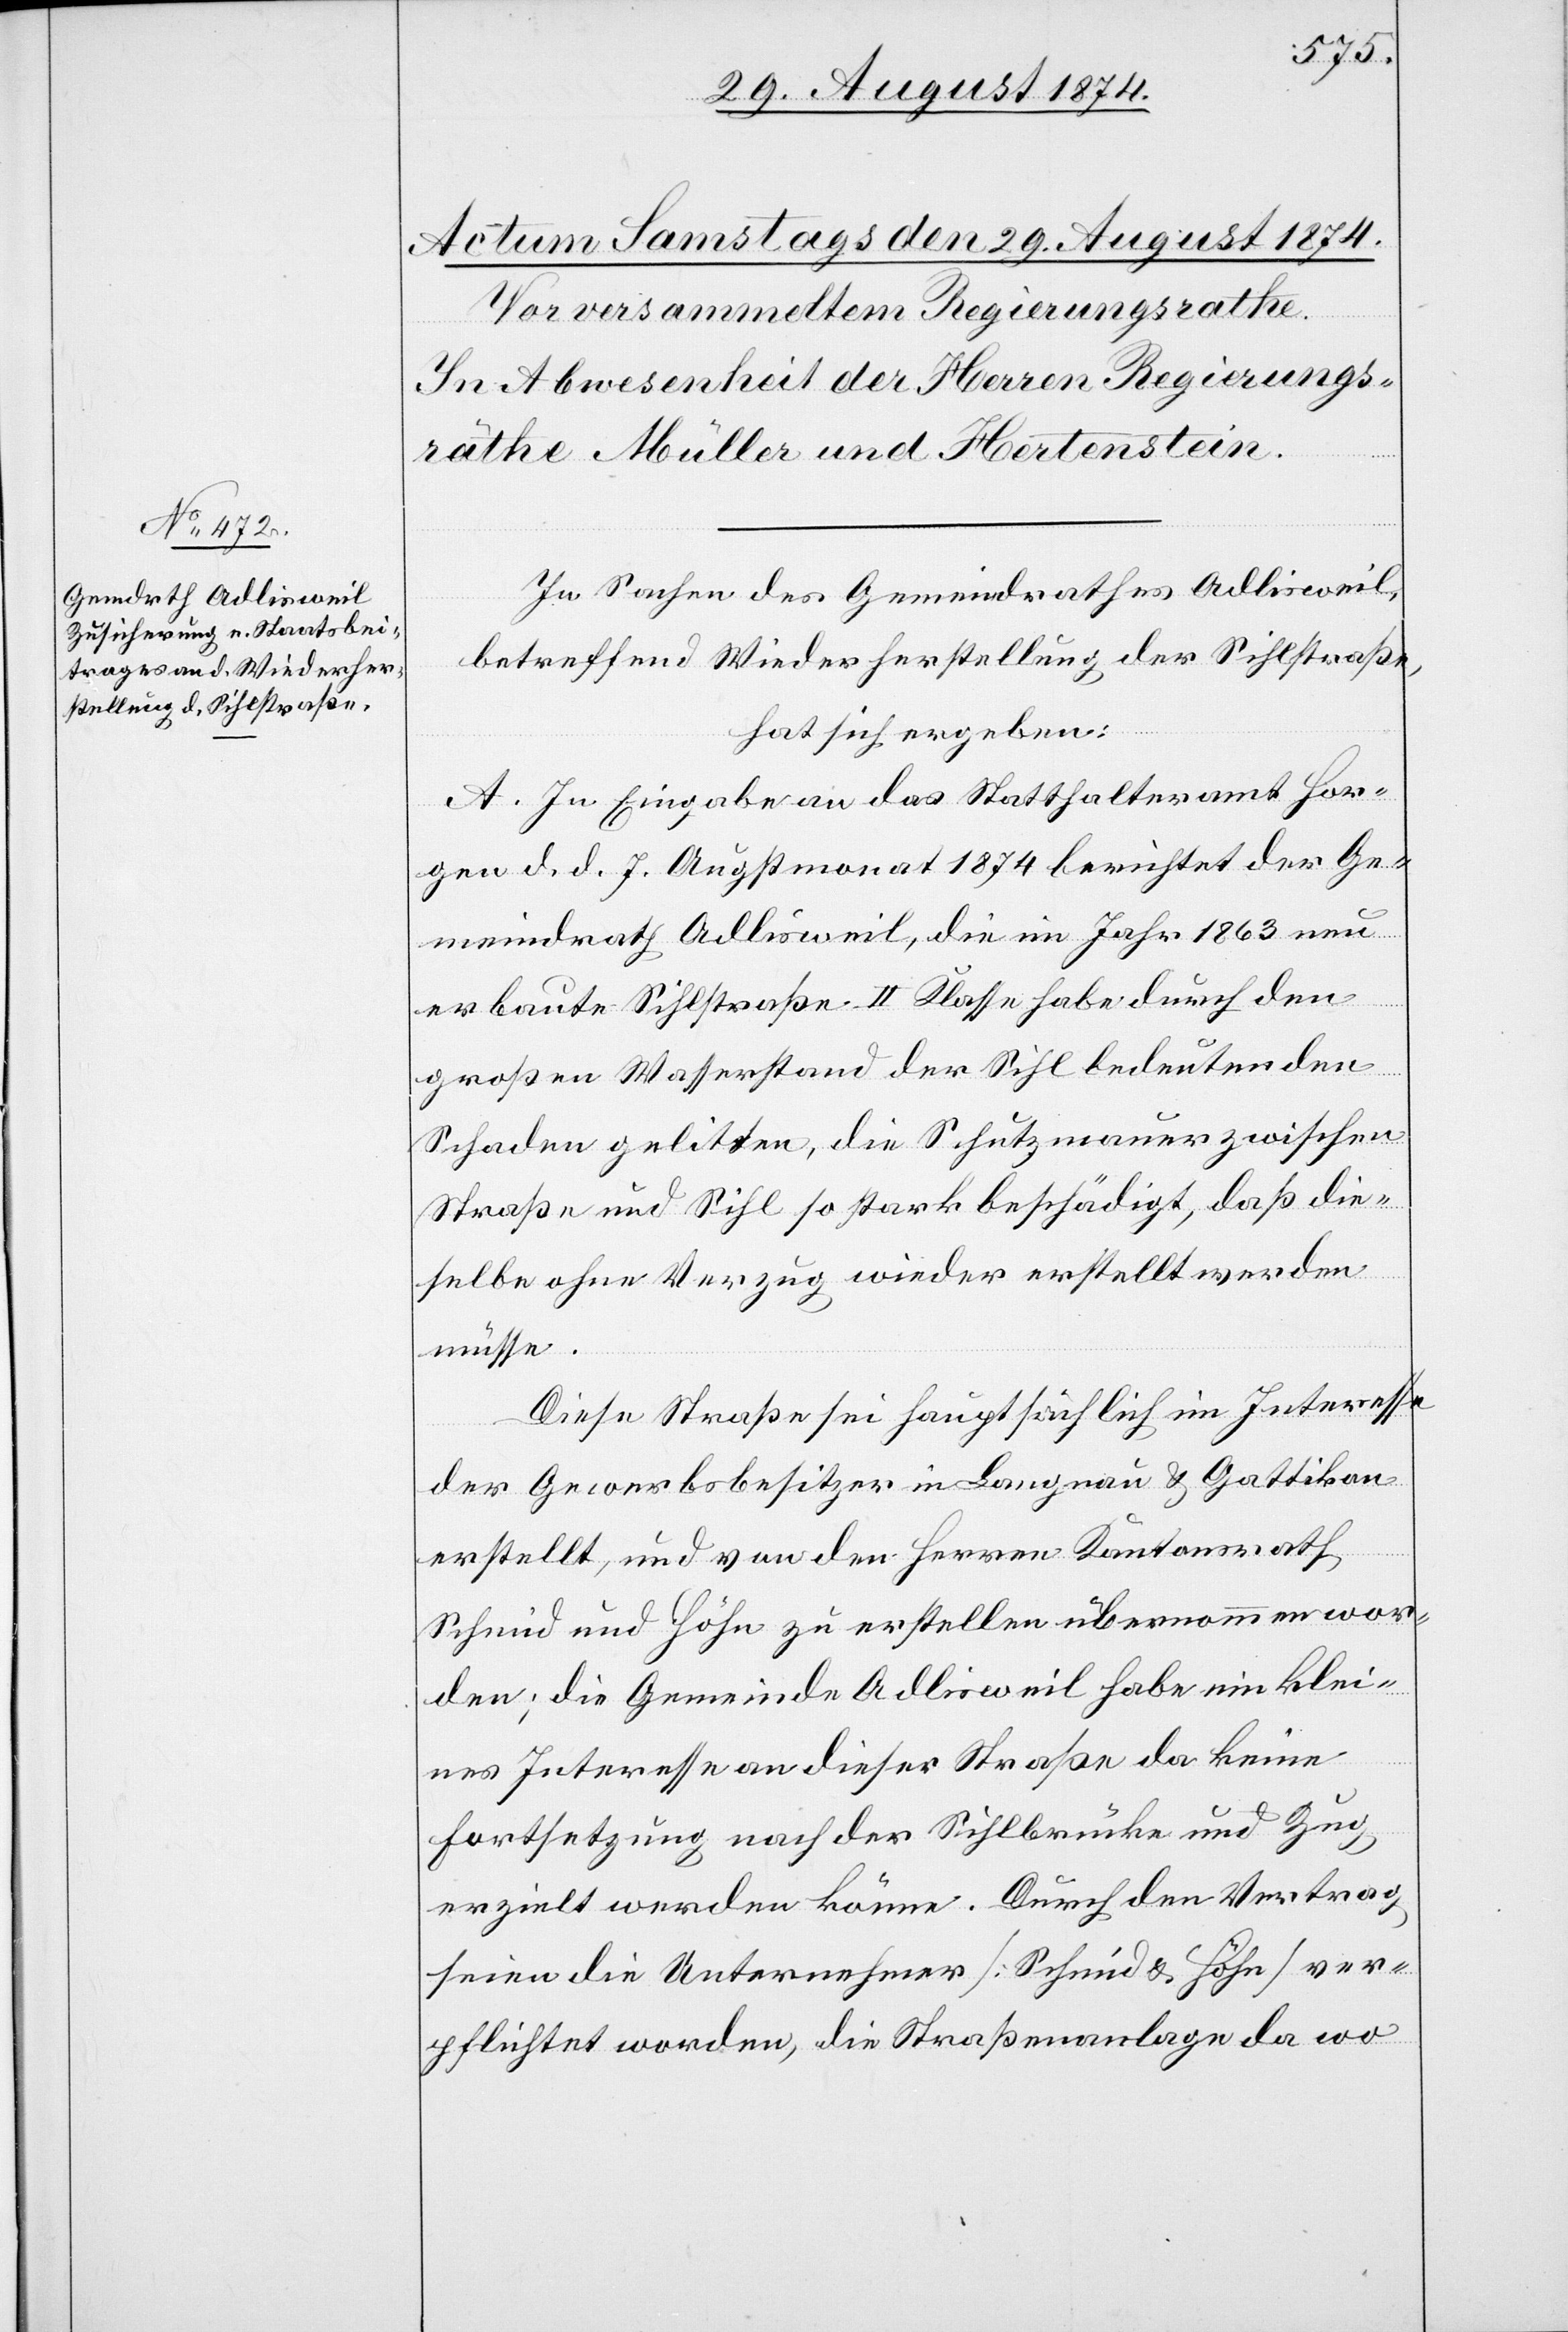
In Sachen des Gemeindrathes Adlisweil,
betreffend Widerherstellung der Sihlstraße,
hat sich ergeben:
A. In Eingabe an das Statthalteramt Hor¬
gen d. d. 7. Augstmonat 1874 berichtet der Ge¬
meindrath Adlisweil, die im Jahr 1863 neu
erbaute Sihlstraße II. Klasse habe durch den
großen Wasserstand der Sihl bedeutenden
Schaden gelitten, die Schutzmauer zwischen
Straße und Sihl so stark beschädigt, daß die¬
selbe ohne Verzug wieder erstellt werden
müsse.
Diese Straße sei hauptsächlich im Interesse
der Gewerbsbesitzer in Langnau u. Gattikon
erstellt, und von den Herren Kantonsrath
Schmid und Höhe zu erstellen übernommen wor¬
den; die Gemeinde Adlisweil habe ein klei¬
nes Interesse an dieser Straße da keine
Fortsetzung nach der Sihlbrücke und Zug
erzielt werden könne. Durch den Vertrag
seien die Unternehmer [Schmid u. Höhe] ver¬
pflichtet worden, die Straßenanlage da wo